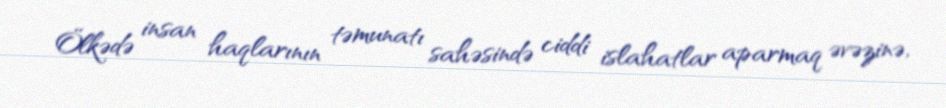
Ölkədə insan haqlarının təmunatı sahəsində ciddi islahatlar aparmaq əvəzinə,